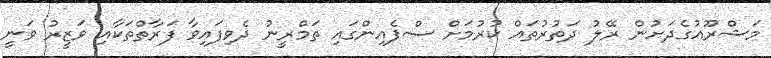
މަޝްރޫއުގެދަށުން ރޭލު ދަތުރުތައް ކުރުމަށް ސްޕެއިންގައި ތަމްރީނު ދެވިފައިވާ ފަރާތްތަކާއި ވަޒީރު ވަނީ